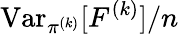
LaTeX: \operatorname{Var}_{\pi^{(k)}}[F^{(k)}]/n